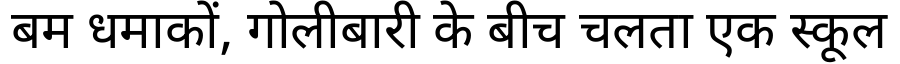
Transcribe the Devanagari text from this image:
बम धमाकों, गोलीबारी के बीच चलता एक स्कूल